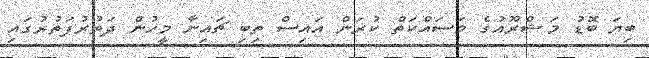
ބިޔަ ބޮޑު މަޝްރޫއުގެ މަސައްކަތް ކުރަން އައިސް ތިބި ޗައިނާ މީހުން ދަތުރުފަތުރުގައި